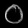
Digit: ၀